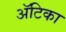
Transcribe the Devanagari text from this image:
अॅटिका